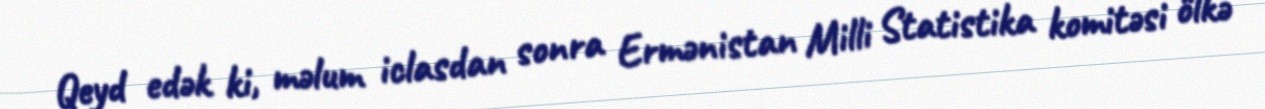
Qeyd edək ki, məlum iclasdan sonra Ermənistan Milli Statistika komitəsi ölkə